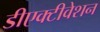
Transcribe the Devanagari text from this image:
डीएक्टीवेशन